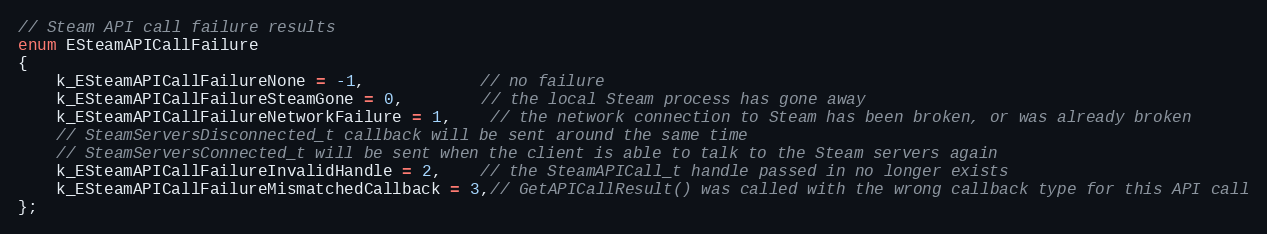
Language: C
// Steam API call failure results
enum ESteamAPICallFailure
{
	k_ESteamAPICallFailureNone = -1,			// no failure
	k_ESteamAPICallFailureSteamGone = 0,		// the local Steam process has gone away
	k_ESteamAPICallFailureNetworkFailure = 1,	// the network connection to Steam has been broken, or was already broken
	// SteamServersDisconnected_t callback will be sent around the same time
	// SteamServersConnected_t will be sent when the client is able to talk to the Steam servers again
	k_ESteamAPICallFailureInvalidHandle = 2,	// the SteamAPICall_t handle passed in no longer exists
	k_ESteamAPICallFailureMismatchedCallback = 3,// GetAPICallResult() was called with the wrong callback type for this API call
};